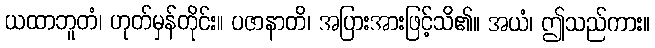
ယထာဘူတံ၊ ဟုတ်မှန်တိုင်း။ ပဇာနာတိ၊ အပြားအားဖြင့်သိ၏။ အယံ၊ ဤသည်ကား။